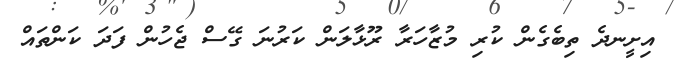
އިށީނދެ ތިބެގެން ކުރި މުޒާހަރާ ރޫޅާލަން ކަރުނަ ގޭސް ޖެހުން ފަދަ ކަންތައް